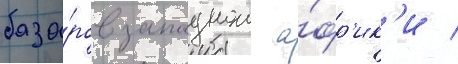
база́ров западнои а́фр'ик'и /